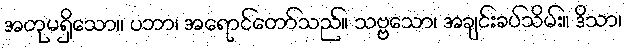
အတုမရှိသော။ ပဘာ၊ အရောင်တော်သည်။ သဗ္ဗသော၊ အချင်းခပ်သိမ်း။ ဒိသာ၊